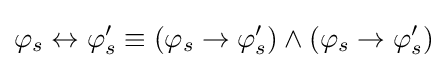
\varphi _{s}\leftrightarrow \varphi _{s}'\equiv (\varphi _{s}\to \varphi '_{s})\land (\varphi _{s}\to \varphi '_{s})